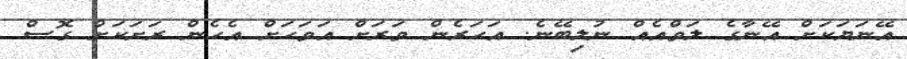
އޭނަޔަކަށް އޭނާގެ ލަވްއެއް ނުލިބޭނެ. އަހަރެން ވަރަށް އަވަހަށް އެހެން ރަށަކަށް ގޮސް